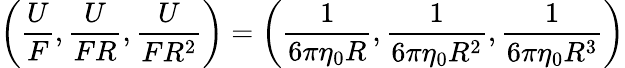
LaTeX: \left(\frac{U}{F},\frac{U}{FR},\frac{U}{FR^{2}}\right)=\left(\frac{1}{6\pi\eta_{0}R},\frac{1}{6\pi\eta_{0}R^{2}},\frac{1}{6\pi\eta_{0}R^{3}}\right)